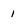
Character: 1